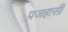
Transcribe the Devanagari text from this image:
पजहासी